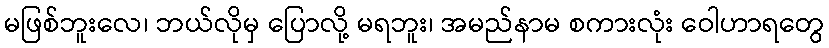
မဖြစ်ဘူးလေ၊ ဘယ်လိုမှ ပြောလို့ မရဘူး၊ အမည်နာမ စကားလုံး ဝေါဟာရတွေ